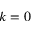
k = 0